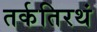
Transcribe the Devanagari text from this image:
तर्कतिरथं